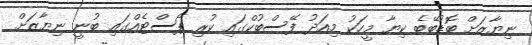
ނިޔާޒަށް ބޮޑުބޭބެ ކިޔާ މީހަކު މިއަދު ފޭސްބުކްގައި ކުރި ޕޯސްޓެއްގައި ބުނީ ނިޔާޒަށް